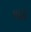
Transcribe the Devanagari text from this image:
भट्ठी।